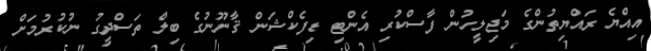
އިއްޔެ ރައްޔިތުންގެ މަޖިލީހުން ފާސްކުރި އެންޓި ޑިފެކްޝަން ޤާނޫނުގެ ބިލް ތަސްދީގު ނުކުރުމަށް